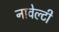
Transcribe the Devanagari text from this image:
नावेल्टी